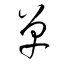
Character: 單